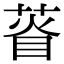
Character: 𦴔